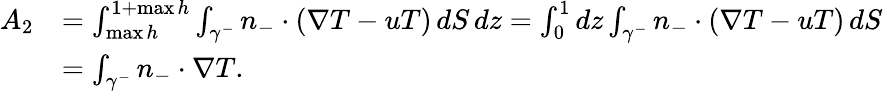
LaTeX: \begin{array}{rl}{A_{2}}&{=\int_{\operatorname*{max}h}^{1+\operatorname*{max}h}\int_{\gamma^{-}}n_{-}\cdot(\nabla T-uT)\, dS\, dz=\int_{0}^{1}dz\int_{\gamma^{-}}n_{-}\cdot(\nabla T-uT)\, dS}\\ &{=\int_{\gamma^{-}}n_{-}\cdot\nabla T.}\end{array}